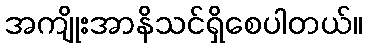
အကျိုးအာနိသင်ရှိစေပါတယ်။